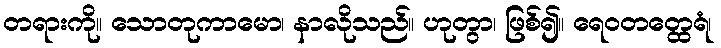
တရားကို။ သောတုကာမော၊ နာလိုသည်။ ဟုတွာ၊ ဖြစ်၍။ ရေဝတတ္ထေရံ၊